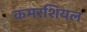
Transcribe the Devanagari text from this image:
कमरशियल